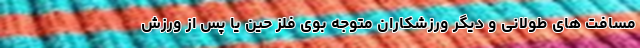
مسافت های طولانی و دیگر ورزشکاران متوجه بوی فلز حین یا پس از ورزش